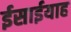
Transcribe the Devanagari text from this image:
ईसाईयाह